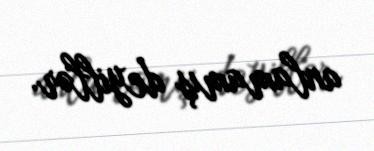
anlamamış deyillər.